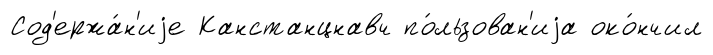
Сод'ержа́н'иjе Канстанцнавч по́льзован'иjа око́нчил